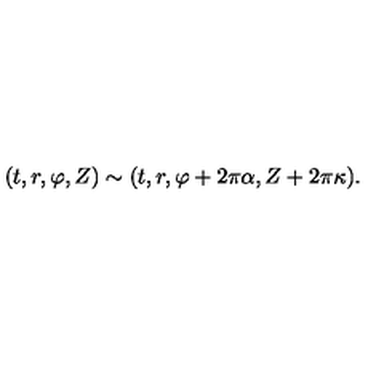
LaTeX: ( t , r , \varphi , Z ) \sim ( t , r , \varphi + 2 \pi \alpha , Z + 2 \pi \kappa ) .